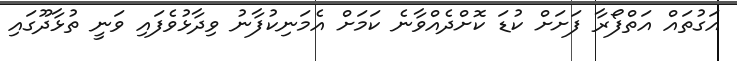
އަގުތައް އަތްފޯރާ ފަށަށް ކުޑަ ކޮށްދެއްވާނެ ކަމަށް އެމަނިކުފާނު ވިދާޅުވެފައި ވަނީ ތުޅާދޫގައި